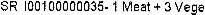
SR I00100000035- 1 MEAT + 3 VEGE